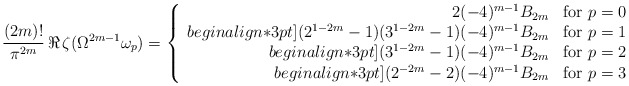
\begin{align*}\frac{(2m)!}{\pi^{2m}}\,\Re\,\zeta(\Omega^{2m-1}\omega_p)=\left\{\begin{array}{rrr}2(-4)^{m-1}B_{2m}&\mbox{for }p=0\\begin{align*}3pt](2^{1-2m}-1)(3^{1-2m}-1)(-4)^{m-1}B_{2m}&\mbox{for }p=1\\begin{align*}3pt](3^{1-2m}-1)(-4)^{m-1}B_{2m}&\mbox{for }p=2\\begin{align*}3pt](2^{-2m}-2)(-4)^{m-1}B_{2m}&\mbox{for }p=3\end{array}\right.\end{align*}